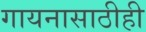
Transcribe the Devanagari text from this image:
गायनासाठीही